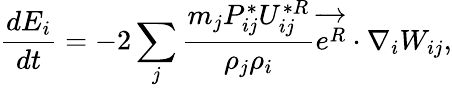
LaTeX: \frac{dE_{i}}{dt}=-2\sum_{j}\frac{m_{j}P_{ij}^{*}U_{ij}^{*R}}{\rho_{j}\rho_{i}}\overrightarrow{e^{R}}\cdot\nabla_{i}W_{ij},